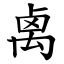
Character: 禼